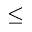
\leq